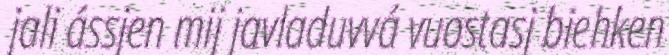
jali ássjen mij javladuvvá vuostasj biehken